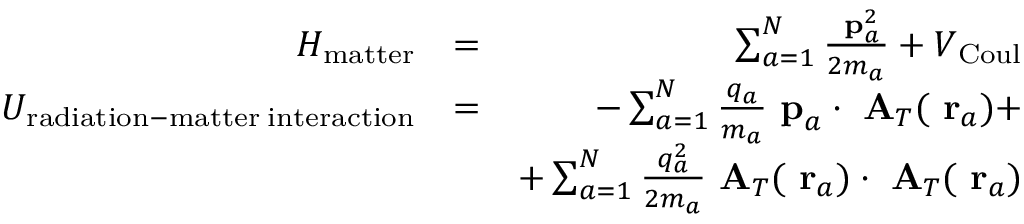
\begin{array} { r l r } { H _ { \mathrm { m a t t e r } } } & { = } & { \sum _ { a = 1 } ^ { N } \frac { \mathrm { \bf ~ p } _ { a } ^ { 2 } } { 2 m _ { a } } + V _ { \mathrm { C o u l } } } \\ { U _ { \mathrm { r a d i a t i o n - m a t t e r \; i n t e r a c t i o n } } } & { = } & { - \sum _ { a = 1 } ^ { N } \frac { q _ { a } } { m _ { a } } \mathrm { \bf ~ p } _ { a } \cdot \mathrm { \bf ~ A } _ { T } ( \mathrm { \bf ~ r } _ { a } ) + } \\ & { } & { + \sum _ { a = 1 } ^ { N } \frac { q _ { a } ^ { 2 } } { 2 m _ { a } } \mathrm { \bf ~ A } _ { T } ( \mathrm { \bf ~ r } _ { a } ) \cdot \mathrm { \bf ~ A } _ { T } ( \mathrm { \bf ~ r } _ { a } ) } \end{array}